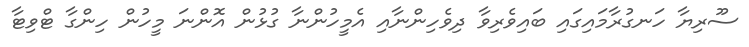
ސޫރިޔާ ހަނގުރާމައިގައި ބައިވެރިވާ ދިވެހިންނާއި އެމީހުންނާ ގުޅުން އޮންނަ މީހުން ހިންގާ ޓްވިޓާ